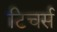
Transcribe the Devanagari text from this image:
टिचर्स